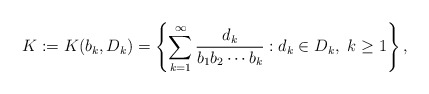
\begin{align*}K:=K(b_{k}, D_{k}) =\left\{\sum_{k=1}^{\infty} \frac{ d_{k} }{b_{1} b_{2} \cdots b_{k}} : d_{k}\in D_{k},~k\geq1\right\}, \end{align*}